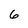
Character: 6